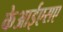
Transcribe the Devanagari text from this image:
केआईएसए